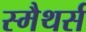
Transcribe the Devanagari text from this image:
स्मैथर्स